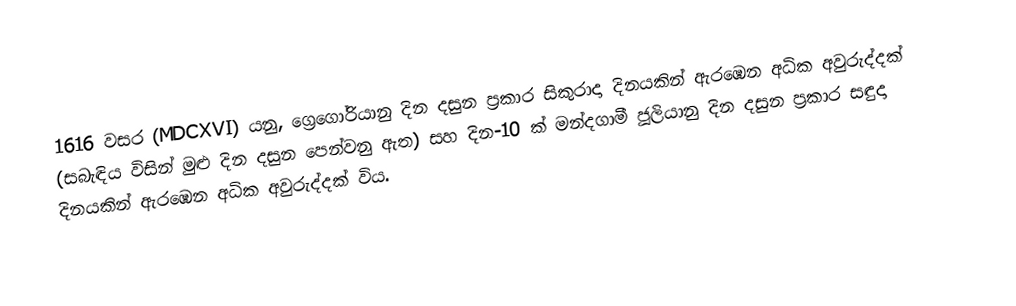

1616 වසර (MDCXVI) යනු, ග්‍රෙගෝරියානු දින දසුන ප්‍රකාර  සිකුරාදා දිනයකින් ඇරඹෙන අධික අවුරුද්දක් (සබැඳිය විසින් මුළු දින දසුන පෙන්වනු ඇත) සහ   දින-10 ක් මන්දගාමී ජූලියානු දින දසුන ප්‍රකාර   සඳුදා දිනයකින් ඇරඹෙන අධික අවුරුද්දක් විය.